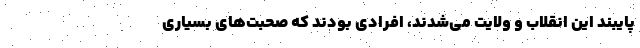
پایبند این انقلاب و ولایت می‌شدند، افرادی بودند که صحبت‌های بسیاری